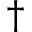
^ { \dagger }